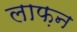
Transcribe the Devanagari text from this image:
लाफ़न